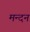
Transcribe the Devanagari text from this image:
मन्दन